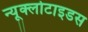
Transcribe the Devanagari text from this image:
न्यूक्लोटाइडस